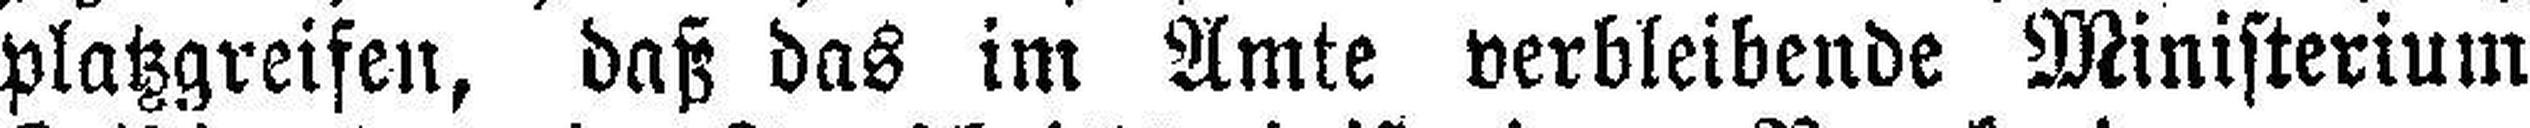
platzgreifen, daß das im Amte verbleibende Ministerium